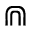
\Cap